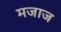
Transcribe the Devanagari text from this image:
मजाज